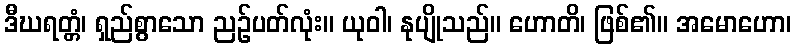
ဒီဃရတ္တံ၊ ရှည်စွာသော ညဉ်ပတ်လုံး။ ယုဝါ၊ နုပျိုသည်။ ဟောတိ၊ ဖြစ်၏။ အမောဟော၊